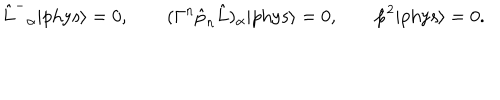
\hat { L } ^ { - } { } _ { \alpha } | \mathrm { p h y s } \rangle = 0 , \qquad ( \Gamma ^ { n } \hat { p } _ { n } \hat { L } ) _ { \alpha } | \mathrm { p h y s } \rangle = 0 , \qquad \hat { p } ^ { 2 } | \mathrm { p h y s } \rangle = 0 . \qquad